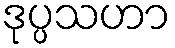
ဒုပ္ပသဟာ